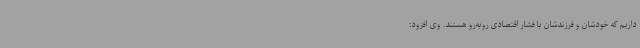
داریم که خودشان و فرزندشان با فشار اقتصادی روبه‌رو هستند. وی افزود: